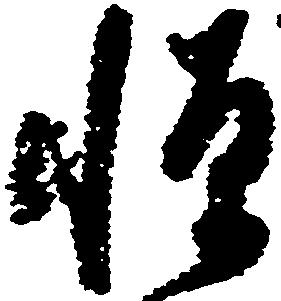
憚